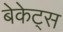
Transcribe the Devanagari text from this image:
बेकेट्स